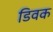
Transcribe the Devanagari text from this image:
डिवक